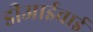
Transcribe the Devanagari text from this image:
डीआईवाई